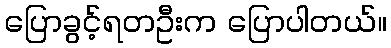
ပြောခွင့်ရတဦးက ပြောပါတယ်။